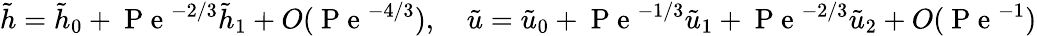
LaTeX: \tilde{h}=\tilde{h}_{0}+\mathrm{~P~e~}^{-2/3}\tilde{h}_{1}+O(\mathrm{~P~e~}^{-4/3}),\quad\tilde{u}=\tilde{u}_{0}+\mathrm{~P~e~}^{-1/3}\tilde{u}_{1}+\mathrm{~P~e~}^{-2/3}\tilde{u}_{2}+O(\mathrm{~P~e~}^{-1})